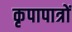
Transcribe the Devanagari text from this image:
कृपापात्रों